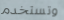
وتستخدم